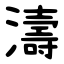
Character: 濤